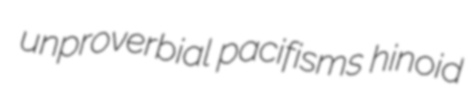
unproverbial pacifisms hinoid